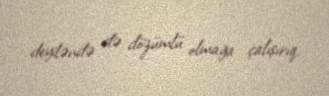
deyiləndə də dözümlü olmağa çalışırıq.